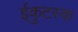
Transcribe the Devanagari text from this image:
ईकुटस्क